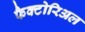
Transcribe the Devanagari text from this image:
फैक्टोरिअल